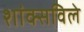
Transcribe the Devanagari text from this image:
शांक्सविले